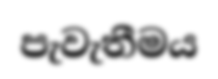
පැවැතීමය